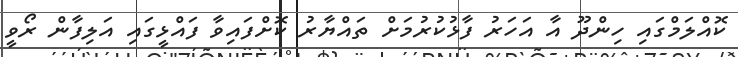
ކޮއްލަމްގައި ހިންދޫ އާ އަހަރު ފާޅުކުރުމަށް ތައްޔާރު ކޮށްފައިވާ ފައްޅީގައި އަލިފާން ރޯވީ